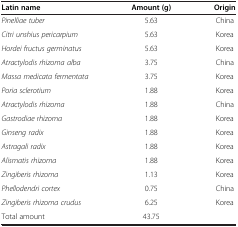
<table><thead><tr><td><b>Latin name</b></td><td><b>Amount (g)</b></td><td><b>Origin</b></td></tr></thead><tbody><tr><td><i>Pinelliae tuber</i></td><td>5.63</td><td>China</td></tr><tr><td><i>Citri unshius pericarpium</i></td><td>5.63</td><td>Korea</td></tr><tr><td><i>Hordei fructus germinatus</i></td><td>5.63</td><td>Korea</td></tr><tr><td><i>Atractylodis rhizoma alba</i></td><td>3.75</td><td>China</td></tr><tr><td><i>Massa medicata fermentata</i></td><td>3.75</td><td>Korea</td></tr><tr><td><i>Poria sclerotium</i></td><td>1.88</td><td>Korea</td></tr><tr><td><i>Atractylodis rhizoma</i></td><td>1.88</td><td>China</td></tr><tr><td><i>Gastrodiae rhizoma</i></td><td>1.88</td><td>Korea</td></tr><tr><td><i>Ginseng radix</i></td><td>1.88</td><td>Korea</td></tr><tr><td><i>Astragali radix</i></td><td>1.88</td><td>Korea</td></tr><tr><td><i>Alismatis rhizoma</i></td><td>1.88</td><td>Korea</td></tr><tr><td><i>Zingiberis rhizoma</i></td><td>1.13</td><td>Korea</td></tr><tr><td><i>Phellodendri cortex</i></td><td>0.75</td><td>China</td></tr><tr><td><i>Zingiberis rhizoma crudus</i></td><td>6.25</td><td>Korea</td></tr><tr><td>Total amount</td><td>43.75</td><td> </td></tr></tbody></table>